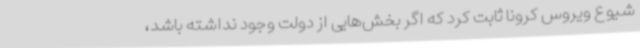
شیوع ویروس کرونا ثابت کرد که اگر بخش‌هایی از دولت وجود نداشته باشد،